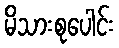
မိသားစုပေါင်း